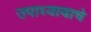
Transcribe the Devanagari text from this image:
उपाध्यायाचे